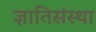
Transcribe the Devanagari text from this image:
ज्ञातिसंस्था